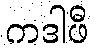
ကဒါဖီ